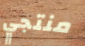
منتجي